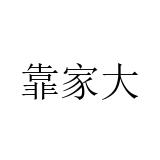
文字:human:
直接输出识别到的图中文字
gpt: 靠家大